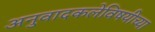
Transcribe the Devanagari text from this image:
अनुवादकलेविषयीच्या